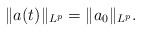
\begin{align*}\|a(t)\|_{L^{p}}=\|a_{0}\|_{L^{p}}.\end{align*}